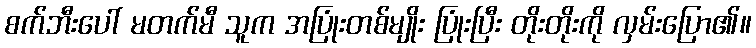
စက်ဘီးပေါ် မတက်မီ သူက အပြုံးတစ်မျိုး ပြုံးပြီး တိုးတိုးကို လှမ်းပြော၏။